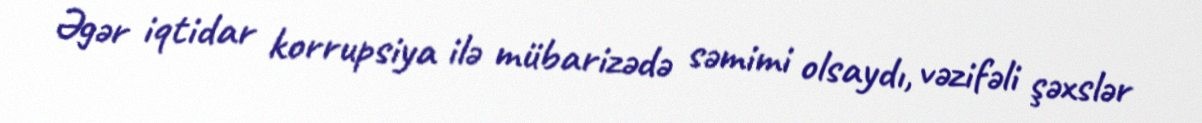
Əgər iqtidar korrupsiya ilə mübarizədə səmimi olsaydı, vəzifəli şəxslər